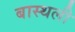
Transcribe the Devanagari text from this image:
बास्थली